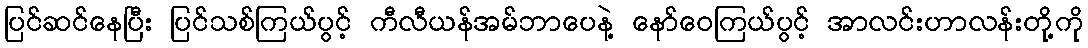
ပြင်ဆင်နေပြီး ပြင်သစ်ကြယ်ပွင့် ကီလီယန်အမ်ဘာပေနဲ့ နော်ဝေကြယ်ပွင့် အာလင်းဟာလန်းတို့ကို